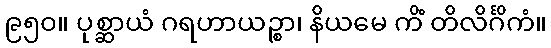
၉၅၀။ ပုစ္ဆာယံ ဂရဟာယဉ္စာ၊ နိယမေ ကိံ တိလိင်္ဂိကံ။